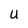
Character: U